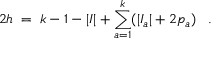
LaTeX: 2 h \; = \; k - 1 - | I | + \sum _ { a = 1 } ^ { k } ( | I _ { a } | + 2 p _ { a } ) \; \; \; .